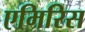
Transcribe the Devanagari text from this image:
एमिरिस